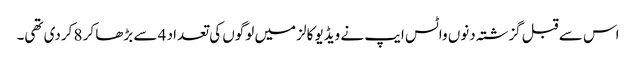
اس سے قبل گزشتہ دنوں واٹس ایپ نے ویڈیو کالز میں لوگوں کی تعداد 4 سے بڑھا کر 8 کردی تھی۔